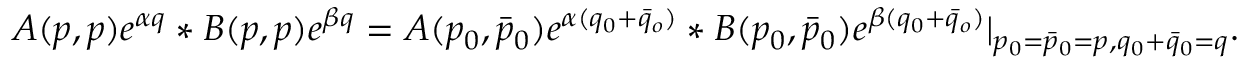
A ( p , p ) e ^ { \alpha q } * B ( p , p ) e ^ { \beta q } = A ( p _ { 0 } , \bar { p } _ { 0 } ) e ^ { \alpha ( q _ { 0 } + \bar { q } _ { o } ) } * B ( p _ { 0 } , \bar { p } _ { 0 } ) e ^ { \beta ( q _ { 0 } + \bar { q } _ { o } ) } | _ { p _ { 0 } = \bar { p } _ { 0 } = p , q _ { 0 } + \bar { q } _ { 0 } = q } .